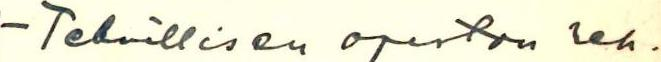
- Teknillisen opiston reh-